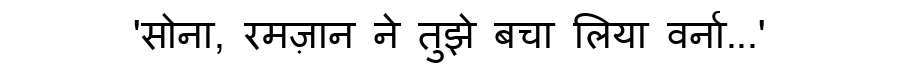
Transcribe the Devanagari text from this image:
'सोना, रमज़ान ने तुझे बचा लिया वर्ना...'